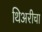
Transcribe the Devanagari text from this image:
थिअरीचा